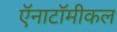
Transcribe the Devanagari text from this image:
ऍनाटॉमीकल